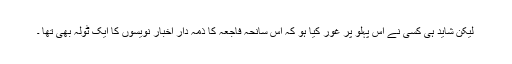
لیکن شاید ہی کسی نے اس پہلو پر غور کیا ہو کہ اس سانحہ فاجعہ کا ذمہ دار اخبار نویسوں کا ایک ٹولہ بھی تھا ۔